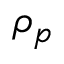
\rho _ { p }